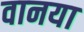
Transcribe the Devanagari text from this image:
वानया